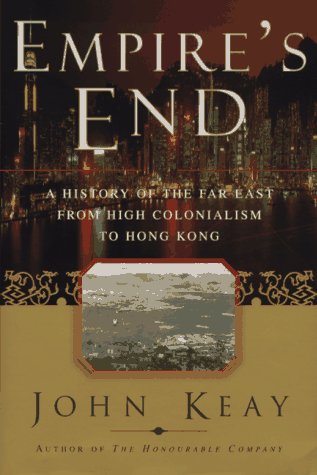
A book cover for EMPIRES END: A History of the Far East from High Colonialism to Hong Kong; John Keay; History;